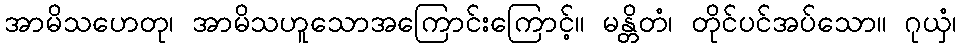
အာမိသဟေတု၊ အာမိသဟူသောအကြောင်းကြောင့်။ မန္တိတံ၊ တိုင်ပင်အပ်သော။ ဂုယှံ၊